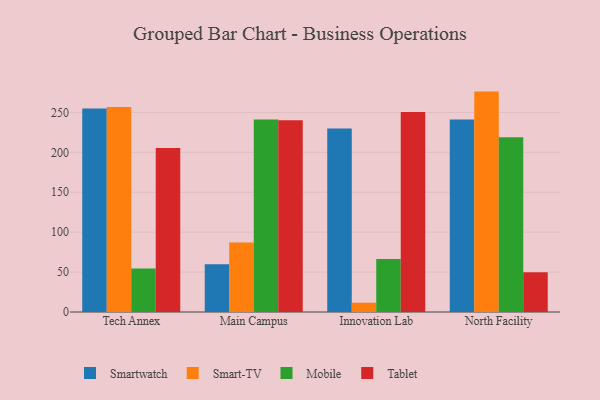
{"axis": {"x": "Campus", "y": "Energy Usage (MWh)"}, "legend": ["Mobile", "Smart-TV", "Smartwatch", "Tablet"], "data": [{"x": "Tech Annex", "y": 254.9, "type": "Smartwatch"}, {"x": "Tech Annex", "y": 256.7, "type": "Smart-TV"}, {"x": "Tech Annex", "y": 54.5, "type": "Mobile"}, {"x": "Tech Annex", "y": 205.6, "type": "Tablet"}, {"x": "Main Campus", "y": 59.8, "type": "Smartwatch"}, {"x": "Main Campus", "y": 87.0, "type": "Smart-TV"}, {"x": "Main Campus", "y": 241.2, "type": "Mobile"}, {"x": "Main Campus", "y": 240.3, "type": "Tablet"}, {"x": "Innovation Lab", "y": 229.9, "type": "Smartwatch"}, {"x": "Innovation Lab", "y": 11.6, "type": "Smart-TV"}, {"x": "Innovation Lab", "y": 66.5, "type": "Mobile"}, {"x": "Innovation Lab", "y": 250.7, "type": "Tablet"}, {"x": "North Facility", "y": 241.1, "type": "Smartwatch"}, {"x": "North Facility", "y": 276.1, "type": "Smart-TV"}, {"x": "North Facility", "y": 218.9, "type": "Mobile"}, {"x": "North Facility", "y": 49.8, "type": "Tablet"}]}